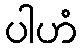
ပါဟံ